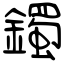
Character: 鐲